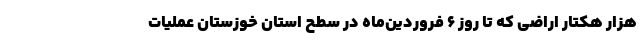
هزار هکتار اراضی که تا روز ۶ فروردین‌ماه در سطح استان خوزستان عملیات